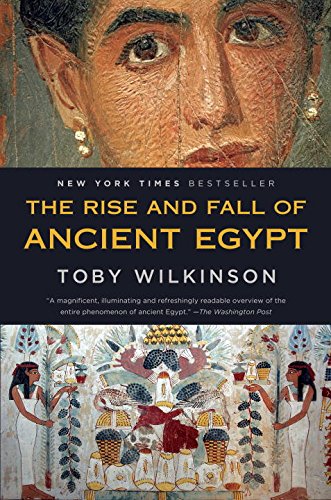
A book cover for The Rise and Fall of Ancient Egypt; Toby Wilkinson; Science & Math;